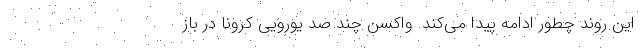
این روند چطور ادامه پیدا می‌کند. واکسن چند صد یورویی کرونا در باز